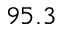
9 5 . 3